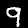
Label: 9